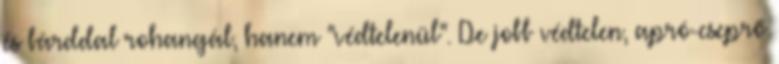
és bárddal rohangál, hanem "védtelenül". De jobb védtelen, apró-cseprő